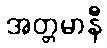
အတ္တမာနီ